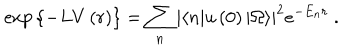
\exp { \left\{ - L V \left( r \right) \right\} } = \sum _ { n } \left| \langle n | u \left( 0 \right) | \Omega \rangle \right| ^ { 2 } e ^ { - E _ { n } r } \ .